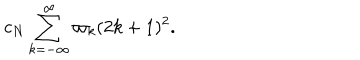
c _ { N } \sum _ { k = - \infty } ^ { \infty } \varpi _ { k } ( 2 k + 1 ) ^ { 2 } .